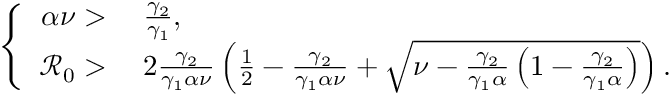
\left\{ \begin{array} { r l } { \alpha \nu > } & { \; \frac { \gamma _ { 2 } } { \gamma _ { 1 } } , } \\ { \mathcal { R } _ { 0 } > } & { \; 2 \frac { \gamma _ { 2 } } { \gamma _ { 1 } \alpha \nu } \left( \frac { 1 } { 2 } - \frac { \gamma _ { 2 } } { \gamma _ { 1 } \alpha \nu } + \sqrt { \nu - \frac { \gamma _ { 2 } } { \gamma _ { 1 } \alpha } \left( 1 - \frac { \gamma _ { 2 } } { \gamma _ { 1 } \alpha } \right) } \right) . } \end{array} \right.